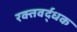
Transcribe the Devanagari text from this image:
रक्तवर्द्धक